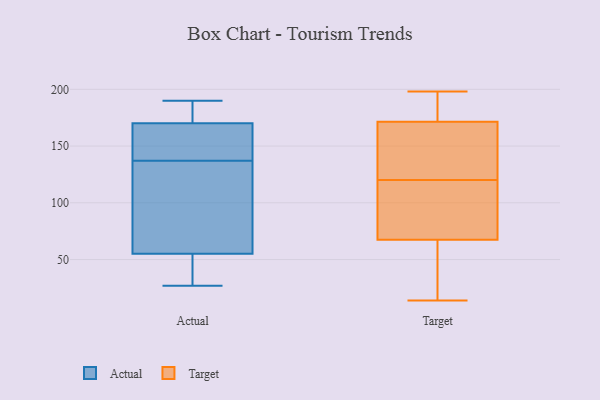
{"axis": {"x": "Latency (ms)", "y": "Value"}, "legend": ["Actual", "Target"], "data": [{"x": "", "y": 132, "type": "Actual"}, {"x": "", "y": 86, "type": "Actual"}, {"x": "", "y": 170, "type": "Actual"}, {"x": "", "y": 179, "type": "Actual"}, {"x": "", "y": 55, "type": "Actual"}, {"x": "", "y": 27, "type": "Actual"}, {"x": "", "y": 37, "type": "Actual"}, {"x": "", "y": 137, "type": "Actual"}, {"x": "", "y": 176, "type": "Actual"}, {"x": "", "y": 37, "type": "Actual"}, {"x": "", "y": 190, "type": "Actual"}, {"x": "", "y": 156, "type": "Actual"}, {"x": "", "y": 169, "type": "Actual"}, {"x": "", "y": 137, "type": "Actual"}, {"x": "", "y": 141, "type": "Target"}, {"x": "", "y": 42, "type": "Target"}, {"x": "", "y": 78, "type": "Target"}, {"x": "", "y": 164, "type": "Target"}, {"x": "", "y": 184, "type": "Target"}, {"x": "", "y": 174, "type": "Target"}, {"x": "", "y": 125, "type": "Target"}, {"x": "", "y": 15, "type": "Target"}, {"x": "", "y": 104, "type": "Target"}, {"x": "", "y": 118, "type": "Target"}, {"x": "", "y": 198, "type": "Target"}, {"x": "", "y": 189, "type": "Target"}, {"x": "", "y": 101, "type": "Target"}, {"x": "", "y": 64, "type": "Target"}, {"x": "", "y": 154, "type": "Target"}, {"x": "", "y": 14, "type": "Target"}, {"x": "", "y": 33, "type": "Target"}, {"x": "", "y": 186, "type": "Target"}, {"x": "", "y": 120, "type": "Target"}]}